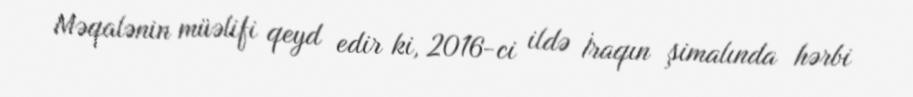
Məqalənin müəlifi qeyd edir ki, 2016-ci ildə İraqın şimalında hərbi